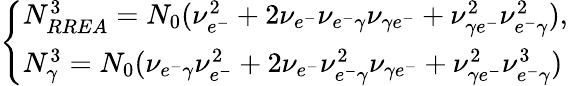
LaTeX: \left\{ \begin{array}{ll}{N_{RREA}^{3}=N_{0}(\nu_{e^{-}}^{2}+2\nu_{e^{-}}\nu_{e^{-}\gamma}\nu_{\gamma e^{-}}+\nu_{\gamma e^{-}}^{2}\nu_{e^{-}\gamma}^{2}),}\\ {N_{\gamma}^{3}=N_{0}(\nu_{e^{-}\gamma}\nu_{e^{-}}^{2}+2\nu_{e^{-}}\nu_{e^{-}\gamma}^{2}\nu_{\gamma e^{-}}+\nu_{\gamma e^{-}}^{2}\nu_{e^{-}\gamma}^{3})}\end{array}\right.